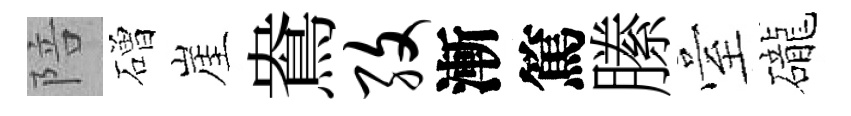
陪磳崖鴦孜漸篤縢臺礲